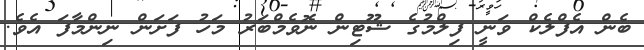
ބެން އެފްލެކް ވަނީ ފިލްމުގެ ޝޫޓިން ނޮވެމްބަރު މަހު ފަށަން ނިންމާފަ އެވެ.